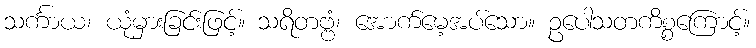
သင်္ကာယ၊ ယုံမှားခြင်းဖြင့်။ သရိတဗ္ဗံ၊ အောက်မေ့အပ်သော။ ဥပေါသတကိစ္စကြောင့်။